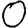
Digit: 0